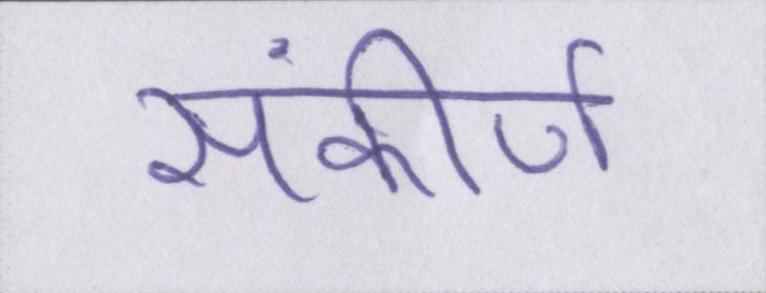
संकीर्ण